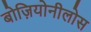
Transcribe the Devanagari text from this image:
बोज़ियोनीलोस